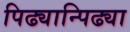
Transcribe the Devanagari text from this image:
पिढ्यान्पिढ्या